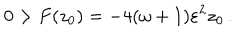
0 > F ( z _ { 0 } ) = - 4 ( \omega + 1 ) \varepsilon ^ { 2 } z _ { 0 } \, .